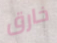
خارق